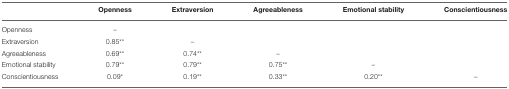
<table><thead><tr><td></td><td><b>Openness</b></td><td><b>Extraversion</b></td><td><b>Agreeableness</b></td><td><b>Emotional stability</b></td><td><b>Conscientiousness</b></td></tr></thead><tbody><tr><td>Openness</td><td>–</td><td></td><td></td><td></td><td></td></tr><tr><td>Extraversion</td><td>0.85<sup>**</sup></td><td>–</td><td></td><td></td><td></td></tr><tr><td>Agreeableness</td><td>0.69<sup>**</sup></td><td>0.74<sup>**</sup></td><td>–</td><td></td><td></td></tr><tr><td>Emotional stability</td><td>0.79<sup>**</sup></td><td>0.79<sup>**</sup></td><td>0.75<sup>**</sup></td><td>–</td><td></td></tr><tr><td>Conscientiousness</td><td>0.09<sup>*</sup></td><td>0.19<sup>**</sup></td><td>0.33<sup>**</sup></td><td>0.20<sup>**</sup></td><td>–</td></tr></tbody></table>